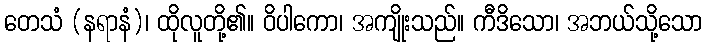
တေသံ (နရာနံ)၊ ထိုလူတို့၏။ ဝိပါကော၊ အကျိုးသည်။ ကီဒိသော၊ အဘယ်သို့သော